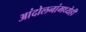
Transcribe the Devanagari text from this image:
आंदोलनांमध्येही